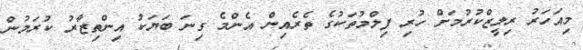
މިއަހަރު ރިލީޒްކުރުމަށް ހުރި ފިލްމުތަކުގެ ތެރެއިން އެންމެ ގިނަ ބަޔަކު އިންތިޒާރު ކުރަމުން